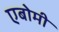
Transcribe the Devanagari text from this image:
एबोमी